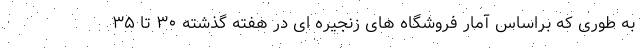
به طوری که براساس آمار فروشگاه های زنجیره ای در هفته گذشته ۳۰ تا ۳۵